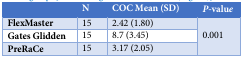
|  | N | COC Mean (SD) | P-value |
 | --- | --- | --- | --- |
 | FlexMaster | 15 | 2.42 (1.80) | <ROWSPAN=3> 0.001 |
 | Gates Glidden | 15 | 8.7 (3.45) |
 | PreRaCe | 15 | 3.17 (2.05) |